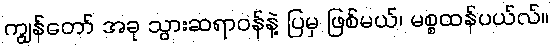
ကျွန်တော် အခု သွားဆရာဝန်နဲ့ ပြမှ ဖြစ်မယ်၊ မစ္စထန်ပယ်လ်။